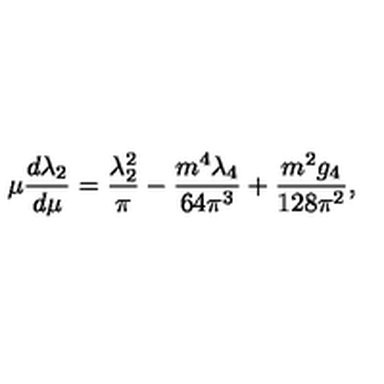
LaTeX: \mu { \frac { d \lambda _ { 2 } } { d \mu } } = { \frac { \lambda _ { 2 } ^ { 2 } } { \pi } } - { \frac { m ^ { 4 } \lambda _ { 4 } } { 6 4 \pi ^ { 3 } } } + { \frac { m ^ { 2 } g _ { 4 } } { 1 2 8 \pi ^ { 2 } } } ,